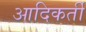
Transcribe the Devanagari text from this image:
आदिकर्ती